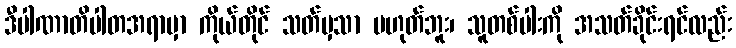
ဒီပါဏာတိပါတအရာမှာ ကိုယ်တိုင် သတ်မှသာ မဟုတ်ဘူး၊ သူတစ်ပါးကို အသတ်ခိုင်းရင်လည်း